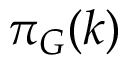
\pi _ { G } ( k )